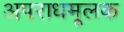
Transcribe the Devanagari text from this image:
अपराधमूलक